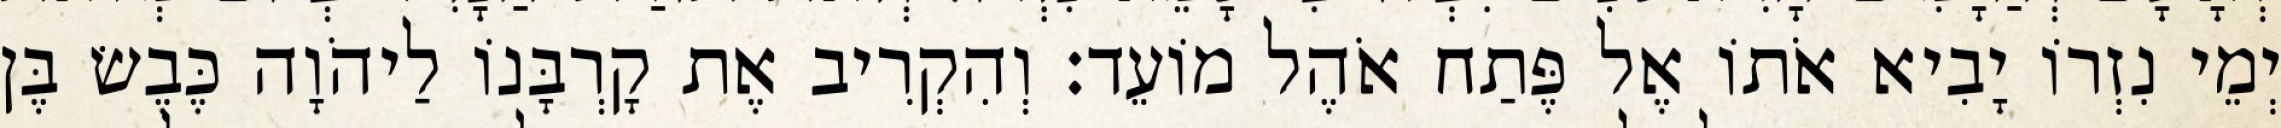
יְמֵי נִזְרוֹ יָבִיא אֹתוֹ אֶל פֶּתַח אֹהֶל מוֹעֵד׃ וְהִקְרִיב אֶת קָרְבָּנוֹ לַיהֹוָה כֶּבֶשׂ בֶּן